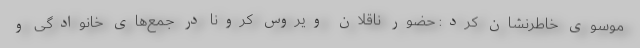
موسوی خاطرنشان کرد: حضور ناقلان ویروس کرونا در جمع‌های خانوادگی و